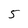
Character: 5